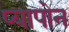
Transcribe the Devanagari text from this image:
प्यापोन